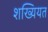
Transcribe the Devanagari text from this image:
शख्यियत